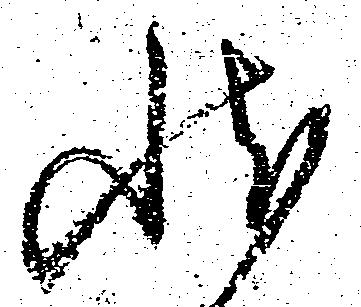
状